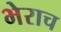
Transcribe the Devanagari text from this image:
भेराच